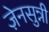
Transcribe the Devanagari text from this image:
ज़ेनसुन्नी